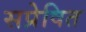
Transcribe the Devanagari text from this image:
सप्रेषित